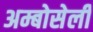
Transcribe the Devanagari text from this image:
अम्बोसेली